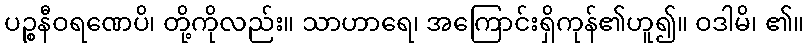
ပဉ္စနီဝရဏေပိ၊ တို့ကိုလည်း။ သာဟာရေ၊ အကြောင်းရှိကုန်၏ဟူ၍။ ဝဒါမိ၊ ၏။